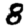
Digit: 8